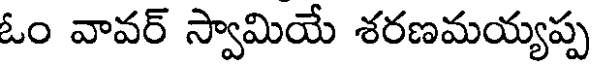
ఓం వావర్ స్వామియే శరణమయ్యప్ప